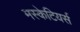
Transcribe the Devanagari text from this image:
मस्केटियर्स